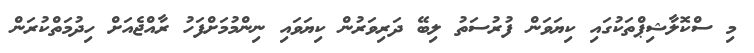
މި ސްކޮލާޝިޕްތަކުގައި ކިޔަވަން ފުރުސަތު ލިބޭ ދަރިވަރުން ކިޔަވައި ނިންމުމަށްފަހު ރާއްޖެއަށް ހިދުމަތްކުރަން